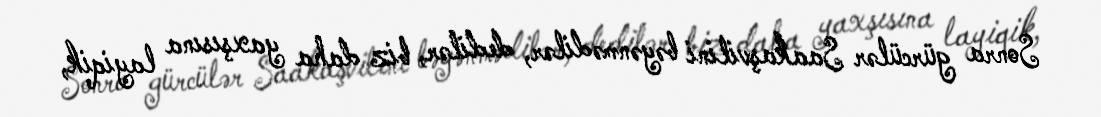
Sonra gürcülər Saakaşvilini bəyənmədilər, dedilər, biz daha yaxşısına layiqik,